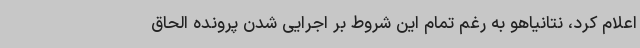
اعلام کرد، نتانیاهو به رغم تمام این شروط بر اجرایی شدن پرونده الحاق